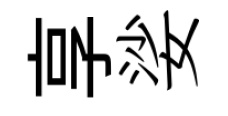
享娑